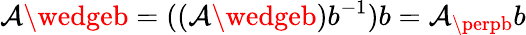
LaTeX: \mathcal{A}\wedgeb=((\mathcal{A}\wedgeb)b^{-1})b=\mathcal{A}_{\perpb}b